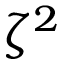
\zeta ^ { 2 }